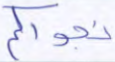
نجواكم